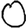
Digit: 0